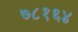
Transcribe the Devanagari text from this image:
७८१६४